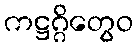
ကဋ္ဌဂ္ဂိတွေဝ